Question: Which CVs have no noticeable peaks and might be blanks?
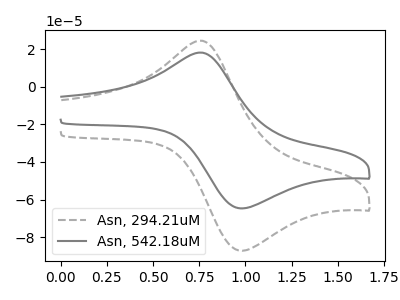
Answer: <think>The gray dashed curve "Asn, 294.21uM" has an anodic peak at (0.75V, 24.45uA) and a cathodic peak at (1.00V, -87.25uA). The gray curve "Asn, 542.18uM" has an anodic peak at (0.75V, 18.15uA) and a cathodic peak at (1.00V, -64.70uA).</think>
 <answer>There are not any CV's on this graph that are likely to be blanks.</answer>
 <eval>none</eval>